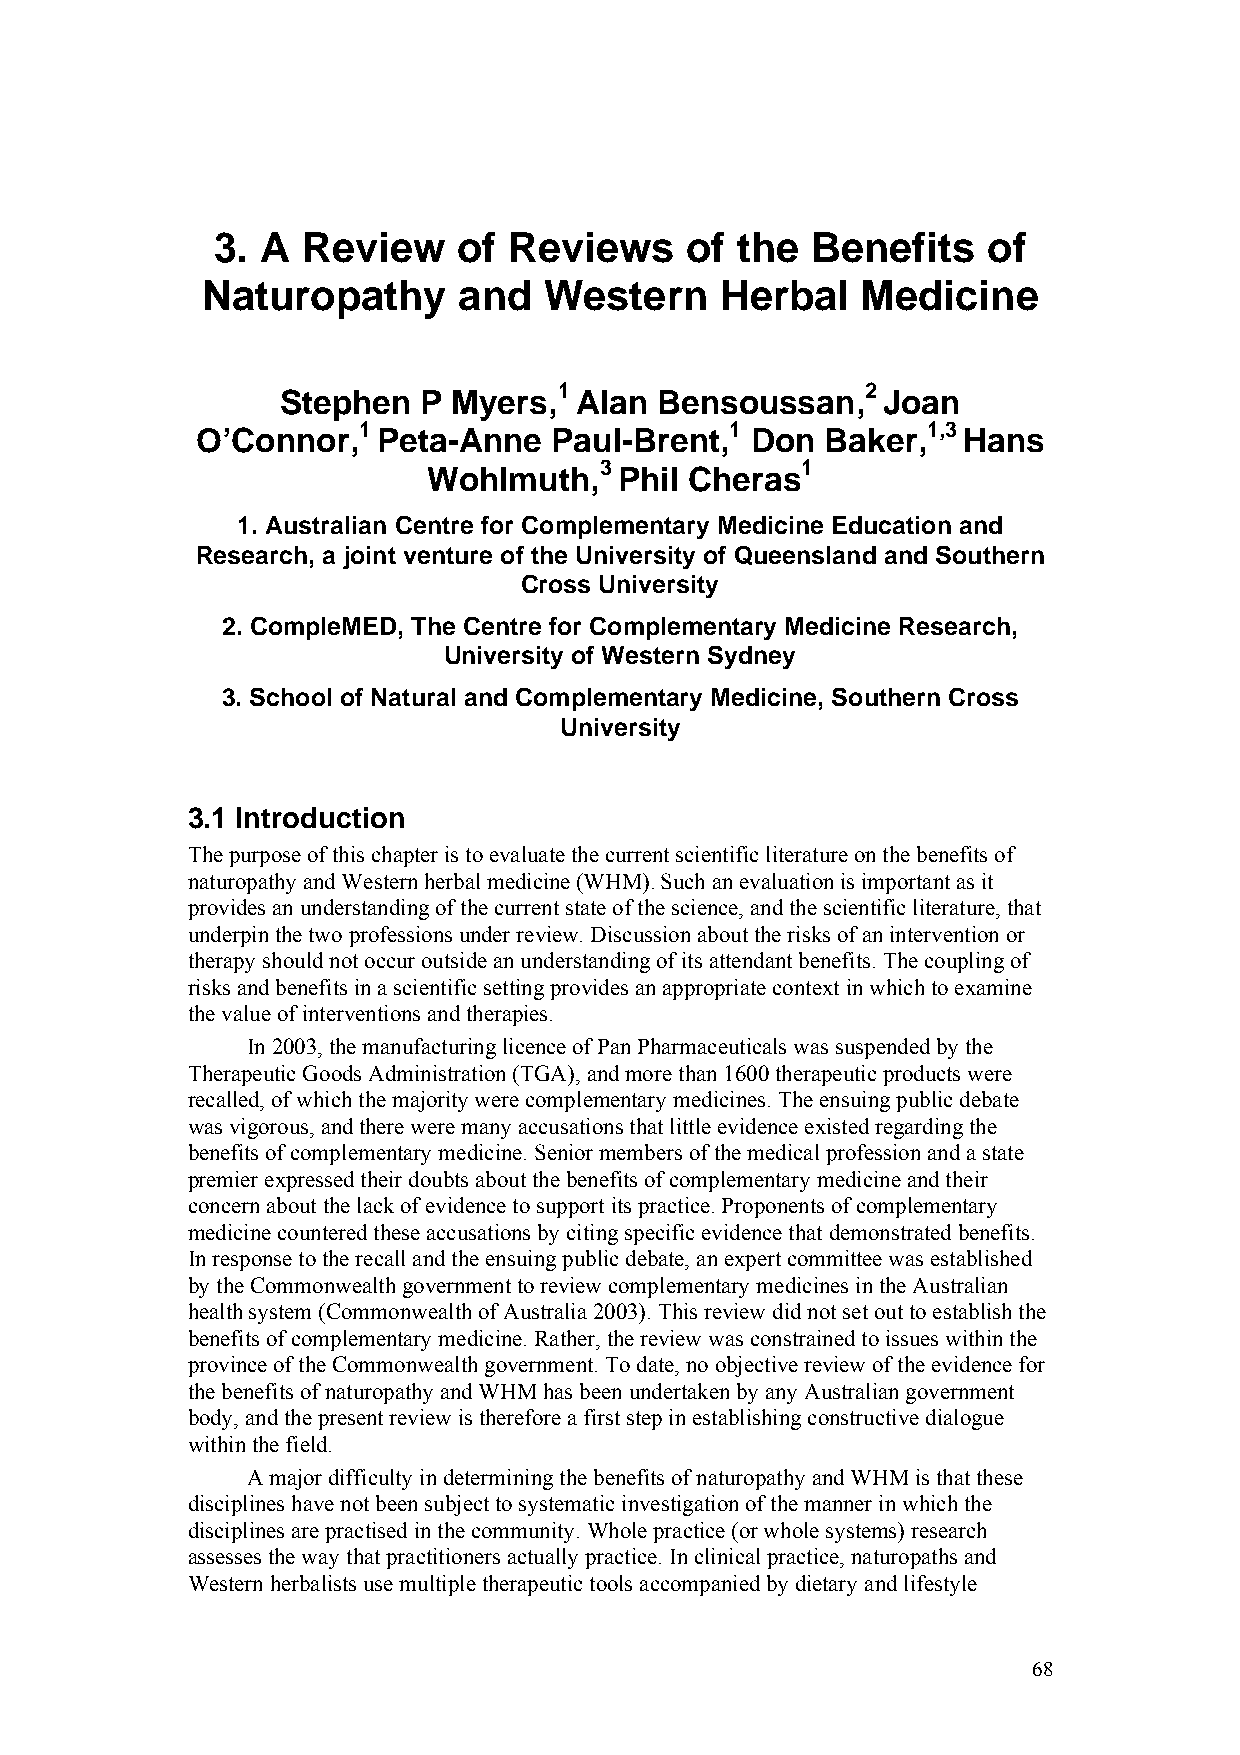
3. A  Review    of  Reviews    of  the  Benefits   of
 Naturopathy      and   Western     Herbal   Medicine
 1                   2
 Stephen  P Myers,  Alan  Bensoussan,   Joan
 1                       1            1,3
 O’Connor,   Peta-Anne  Paul-Brent,   Don  Baker,   Hans
 3            1
 Wohlmuth,    Phil Cheras
 1. Australian Centre for Complementary Medicine Education and
 Research, a joint venture of the University of Queensland and Southern
 Cross University
 2. CompleMED, The Centre for Complementary Medicine Research,
 University of Western Sydney
 3. School of Natural and Complementary Medicine, Southern Cross
 University
 3.1 Introduction
 The purpose of this chapter is to evaluate the current scientific literature on the benefits of
 naturopathy and Western herbal medicine (WHM).Such an evaluation is important as it
 provides an understanding of the current state of the science, and the scientific literature, that
 underpin the two professions under review. Discussion about the risks of an intervention or
 therapy should not occur outside an understanding of its attendant benefits. The coupling of
 risks and benefits in a scientific setting provides an appropriate context in which to examine
 the value of interventions and therapies.
 In 2003, the manufacturing licence of Pan Pharmaceuticals was suspended by the
 Therapeutic Goods Administration (TGA), and more than 1600 therapeutic products were
 recalled, of which the majority were complementary medicines. The ensuing public debate
 was vigorous, and there were many accusations that little evidence existed regarding the
 benefits of complementary medicine. Senior members of the medical profession and a state
 premier expressed their doubts about the benefits of complementary medicine and their
 concern about the lack of evidence to support its practice. Proponents of complementary
 medicine countered these accusations by citing specific evidence that demonstrated benefits.
 In response to the recall and the ensuing public debate, an expert committee was established
 by the Commonwealth government to review complementary medicines in the Australian
 health system (Commonwealth of Australia 2003). This review did not set out to establish the
 benefits of complementary medicine. Rather, the review was constrained to issues within the
 province of the Commonwealth government. To date, no objective review of the evidence for
 the benefits of naturopathy and WHM has been undertaken by any Australian government
 body, and the present review is therefore a first step in establishing constructive dialogue
 within the field.
 A major difficulty in determining the benefits of naturopathy and WHM is that these
 disciplines have not been subject to systematic investigation of the manner in which the
 disciplines are practised in the community. Whole practice (or whole systems) research
 assesses the way that practitioners actually practice. In clinical practice, naturopaths and
 Western herbalists use multiple therapeutic tools accompanied by dietary and lifestyle
 68